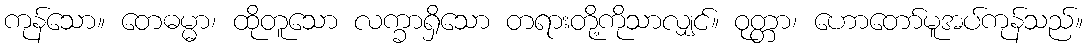
ကုန်သော။ တေဓမ္မာ၊ ထိုတူသော လက္ခာရှိသော တရားတို့ကိုသာလျှင်။ ဝုတ္တာ၊ ဟောတော်မူအပ်ကုန်သည်။